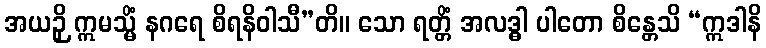
အယဉှိ ဣမသ္မိံ နဂရေ စိရနိဝါသီ”တိ။ သော ရတ္တိံ အလဒ္ဓါ ပါတော စိန္တေသိ “ဣဒါနိ